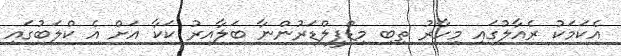
އެކަމަކު ރެއާލުގައި މިހާރު ތިބި މިޑްފީލްޑަރުންނާ ބަލާއިރު ކަކާ އަށް އެ ކްލަބުގައި